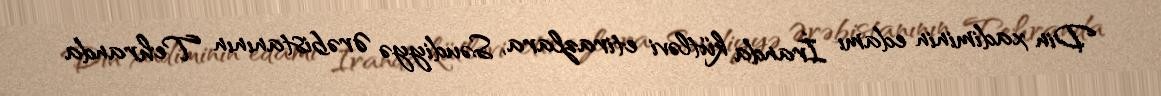
Din xadiminin edamı İranda kütləvi etirazlara, Səudiyyə Ərəbistanının Tehranda